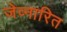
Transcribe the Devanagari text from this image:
जेव्नारित